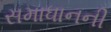
સમાધાનની